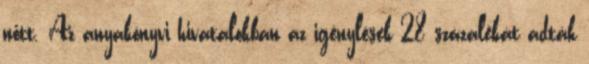
nőtt. Az anyakönyvi hivatalokban az igénylések 28 százalékát adták